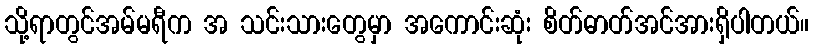
သို့ရာတွင်အမ်မရီက အ သင်းသားတွေမှာ အကောင်းဆုံး စိတ်ဓာတ်အင်အားရှိပါတယ်။